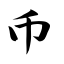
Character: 币